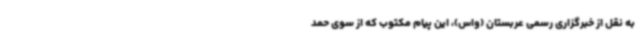
به نقل از خبرگزاری رسمی عربستان (واس)، این پیام مکتوب که از سوی حمد